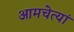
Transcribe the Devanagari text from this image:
आमचेत्यां